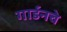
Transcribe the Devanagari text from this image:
गार्डनचे